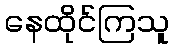
နေထိုင်ကြသူ